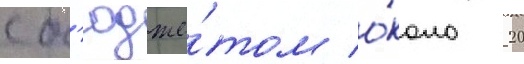
с б'юдже́том о́коло 20